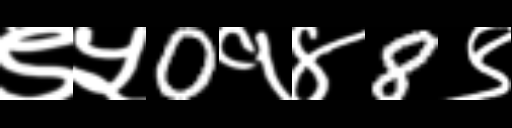
Text: ९५0१४8९